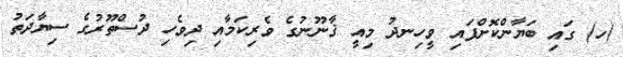
(ހ) ގައި ބަޔާންކޮށްފައި ވީހިނދު މިއީ ޤާނޫނުގެ ވެރިކަމާއި ދިވެހި ދުސްތޫރުގެ ސިޔާދަތު